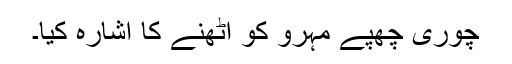
چوری چھپے مہرو کو اٹھنے کا اشارہ کیا۔